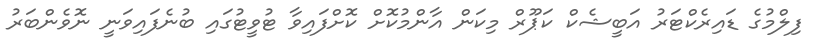
ފިލްމުގެ ޑައިރެކްޓަރު އަބީޝެކް ކަޕޫރް މިކަން އާންމުކޮށް ކޮށްފައިވާ ޓުވީޓުގައި ބުނެފައިވަނީ ނޮވެންބަރު